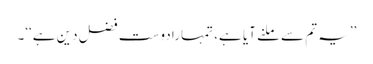
’’یہ تم سے ملنے آیا ہے، تمہارا دوست فضل دین ہے‘‘۔